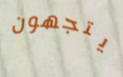
يتجهون